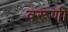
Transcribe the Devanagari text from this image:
वरूणी